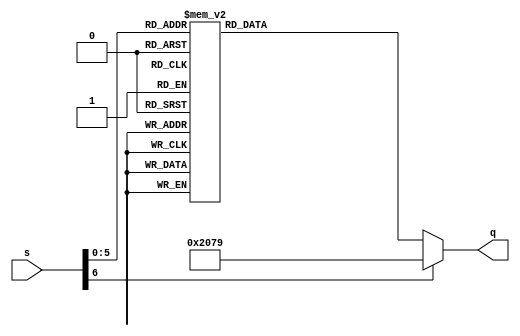
module transcodor (input [6:0] s,
						 output reg [13:0] q);
	
			always@(s)
				case(s)
					  0: q=14'b10000001000000;
					  1: q=14'b10000001111001;
					  2: q=14'b10000000100100;
					  3: q=14'b10000000110000;
					  4: q=14'b10000000011001;
					  5: q=14'b10000000010010;
					  6: q=14'b10000000000010;
					  7: q=14'b10000001111000;
					  8: q=14'b10000000000000;
					  9: q=14'b10000000010000;
					  10: q=14'b11110011000000;
					  11: q=14'b11110011111001;
					  12: q=14'b11110010100100;
					  13: q=14'b11110010110000;
					  14: q=14'b11110010011001;
					  15: q=14'b11110010010010;
					  16: q=14'b11110010000010;
					  17: q=14'b11110011111000;
					  18: q=14'b11110010000000;
					  19: q=14'b11110010010000;
					  20: q=14'b01001001000000;
					  21: q=14'b01001001111001;
					  22: q=14'b01001000100100;
					  23: q=14'b01001000110000;
					  24: q=14'b01001000011001;
					  25: q=14'b01001000010010;
					  26: q=14'b01001000000010;
					  27: q=14'b01001001111000;
					  28: q=14'b01001000000000;
					  29: q=14'b01001000010000;
					  30: q=14'b01100001000000;
					  31: q=14'b01100001111001;
					  32: q=14'b01100000100100;
					  33: q=14'b01100000110000;
					  34: q=14'b01100000011001;
					  35: q=14'b01100000010010;
					  36: q=14'b01100000000010;
					  37: q=14'b01100001111000;
					  38: q=14'b01100000000000;
					  39: q=14'b01100000010000;
					  40: q=14'b00110011000000;
					  41: q=14'b00110011111001;
					  42: q=14'b00110010100100;
					  43: q=14'b00110010110000;
					  44: q=14'b00110010011001;
					  45: q=14'b00110010010010;
					  46: q=14'b00110010000010;
					  47: q=14'b00110011111000;
					  48: q=14'b00110010000000;
					  49: q=14'b00110010010000;
					  50: q=14'b00100101000000;
					  51: q=14'b00100101111001;
					  52: q=14'b00100100100100;
					  53: q=14'b00100100110000;
					  54: q=14'b00100100011001;
					  55: q=14'b00100100010010;
					  56: q=14'b00100100000010;
					  57: q=14'b00100101111000;
					  58: q=14'b00100100000000;
					  59: q=14'b00100100010000;
					  60: q=14'b00000101000000;
					  61: q=14'b00000101111001;
					  62: q=14'b00000100100100;
					  63: q=14'b00000100110000;
					  
					  default:
					  q=14'b10000001111001;
					  
				endcase
			
endmodule